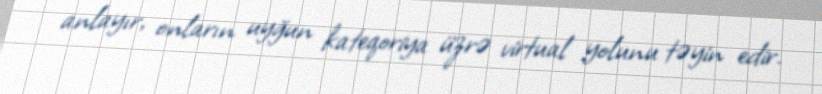
anlayır, onların uyğun kateqoriya üzrə virtual yolunu təyin edir.